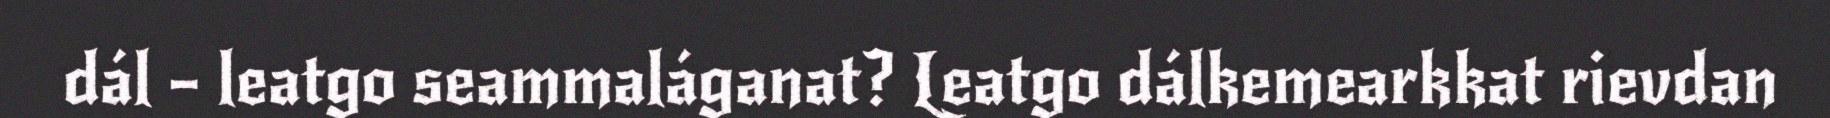
dál – leatgo seammaláganat? Leatgo dálkemearkkat rievdan